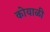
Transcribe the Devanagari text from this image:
कोयाळी